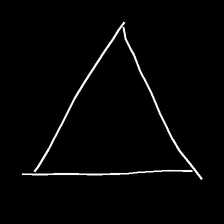
Glyph: convergence